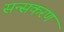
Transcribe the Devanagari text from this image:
सन्सकरण